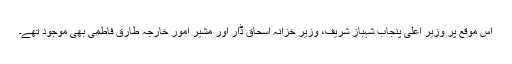
اس موقع پر وزیر اعلیٰ پنجاب شہباز شریف، وزیر خزانہ اسحاق ڈار اور مشیر امور خارجہ طارق فاطمی بھی موجود تھے۔